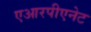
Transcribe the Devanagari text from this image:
एआरपीएनेट